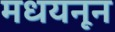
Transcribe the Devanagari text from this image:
मधयनून